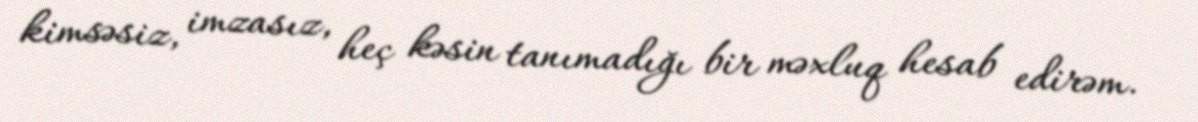
kimsəsiz, imzasız, heç kəsin tanımadığı bir məxluq hesab edirəm.